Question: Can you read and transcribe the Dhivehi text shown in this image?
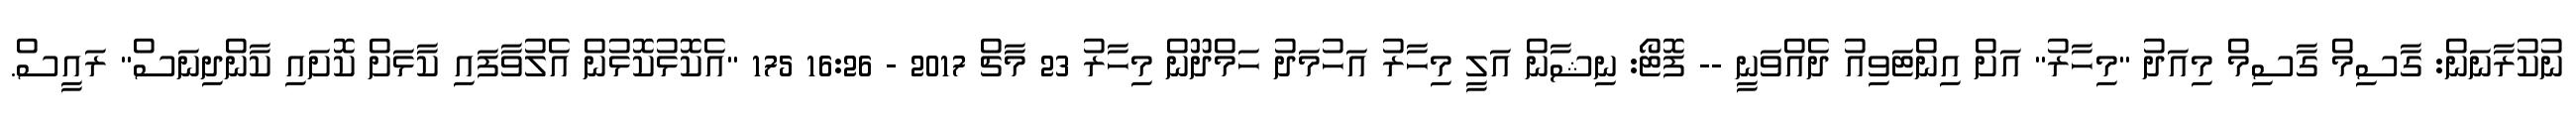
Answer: ނުކުރާނަން: ގާސިމް ގާސިމް މިއަދު "މިހާރު" އަށް އިންޓަވިއު ދެއްވަނީ -- ފޮޓޯ: ނިޝާން އަލީ މިހާރު އަހުމަދު ހަމްދޫން މިހާރު 23 މާޗް 2017 - 16:26 175 "އެކޮޅުކޮޅުން އެލުވާފައި ކާޅަށް ކޮށައި ކާންދިނަސް" ރައީސް.